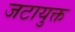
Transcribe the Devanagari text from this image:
जटायुक्त